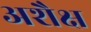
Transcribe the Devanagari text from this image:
अशैक्ष